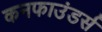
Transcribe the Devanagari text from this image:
कनफाउंडर्स